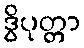
ဒွိပုတ္တာ